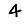
Digit: 4